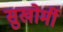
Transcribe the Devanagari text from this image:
सुखोर्मी